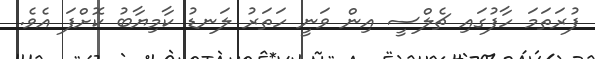
ފުރަތަމަ ހާފުގައި ޗެލްސީ އިން ވަނީ ހަތަރު ލަނޑު ކާމިޔާބު ކޮށްފަ އެވެ.